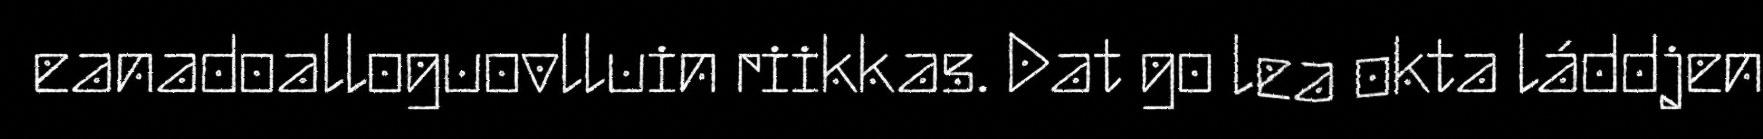
eanadoalloguovlluin riikkas. Dat go lea okta láddjen